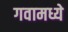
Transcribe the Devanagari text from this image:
गवामध्ये